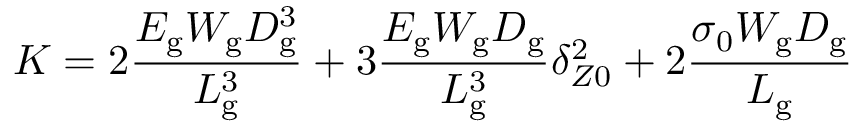
K = 2 \frac { { E _ { \mathrm { g } } W _ { \mathrm { g } } D _ { \mathrm { g } } ^ { 3 } } } { { L _ { \mathrm { g } } ^ { 3 } } } + 3 \frac { { E _ { \mathrm { g } } W _ { \mathrm { g } } D _ { \mathrm { g } } } } { { L _ { \mathrm { g } } ^ { 3 } } } \delta _ { Z 0 } ^ { 2 } + 2 \frac { { { \sigma _ { 0 } } W _ { \mathrm { g } } D _ { \mathrm { g } } } } { { L _ { \mathrm { g } } } }